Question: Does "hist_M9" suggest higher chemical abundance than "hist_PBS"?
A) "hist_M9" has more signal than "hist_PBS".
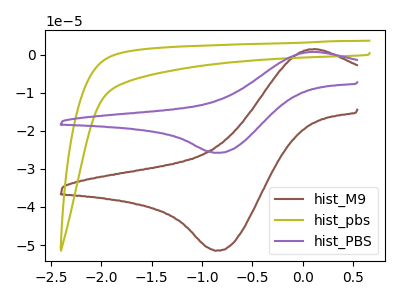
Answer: <think>The brown curve "hist_M9" has an anodic peak at (0.10V, 1.50uA) and a cathodic peak at (-0.85V, -51.50uA). The olive curve "hist_pbs" has no peaks. The purple curve "hist_PBS" has an anodic peak at (0.10V, 0.75uA) and a cathodic peak at (-0.85V, -25.80uA).
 All the peaks in "hist_M9" have a peak in "hist_PBS" at the same potential. Every peak in "hist_M9" is higher than every peak in "hist_PBS".</think>
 <answer>A) "hist_M9" has more signal than "hist_PBS".</answer>
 <eval>A</eval>